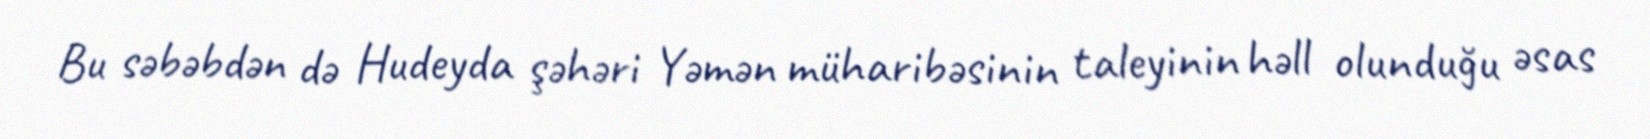
Bu səbəbdən də Hudeyda şəhəri Yəmən müharibəsinin taleyinin həll olunduğu əsas